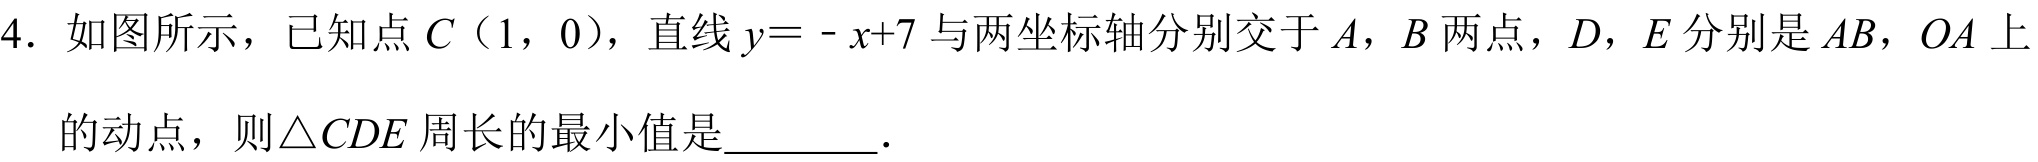
4. 如图所示，已知点 \(C(1,0)\)，直线 \(y = -x + 7\) 与两坐标轴分别交于 \(A\)，\(B\) 两点，\(D\)，\(E\) 分别是 \(AB\)，\(OA\) 上
的动点，则\(\triangle CDE\) 周长的最小值是\(\underline{\quad\quad}\).